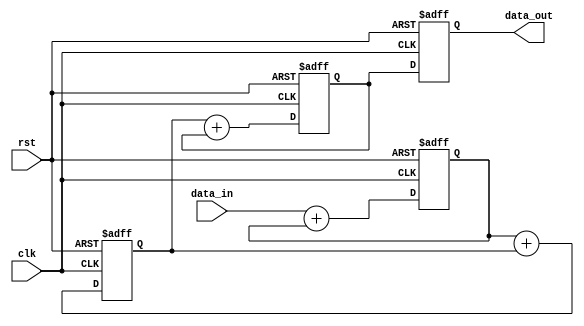
module fixed_point_shift_register(
    input wire clk,
    input wire rst,
    input wire [31:0] data_in,
    output reg [31:0] data_out
);

reg [31:0] reg1, reg2, reg3; // define registers for each arithmetic block

always @(posedge clk or posedge rst) begin
    if (rst) begin
        reg1 <= 32'b0;
        reg2 <= 32'b0;
        reg3 <= 32'b0;
        data_out <= 32'b0;
    end else begin
        reg1 <= data_in + reg1; // perform fixed-point arithmetic operation
        reg2 <= reg1 + reg2;
        reg3 <= reg2 + reg3;
        data_out <= reg3;
    end
end

endmodule